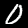
Digit: 0